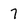
Character: 7